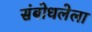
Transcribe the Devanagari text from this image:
संबोधलेला